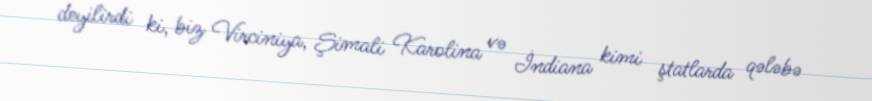
deyilirdi ki, biz Virciniya, Şimali Karolina və İndiana kimi ştatlarda qələbə